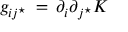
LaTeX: g _ { i j ^ { \star } } \, = \, \partial _ { i } \partial _ { j ^ { \star } } { \cal K }